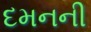
દમનની